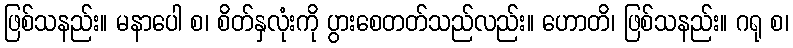
ဖြစ်သနည်း။ မနာပေါ စ၊ စိတ်နှလုံးကို ပွားစေတတ်သည်လည်း။ ဟောတိ၊ ဖြစ်သနည်း။ ဂရု စ၊